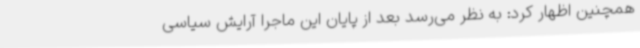
همچنین اظهار کرد: به نظر می‌رسد بعد از پایان این ماجرا آرایش سیاسی